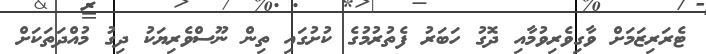
ޓެރަރިޒަމަށް ވާގިވެރިވުމާއި ދޮގު ހަބަރު ފެތުރުމުގެ ކުށުގައި ތިން ނޫސްވެރިޔަކު ދިގު މުއްދަތަކަށް